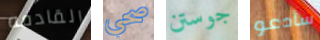
القادمه صحي جوستن سأدعو